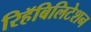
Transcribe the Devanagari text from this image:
रिहॅबिलिटेशन